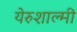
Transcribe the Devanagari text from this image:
येरुशाल्मी